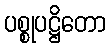
ပစ္စုပဋ္ဌိတော